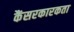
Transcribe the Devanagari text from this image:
कैंसरकारकता